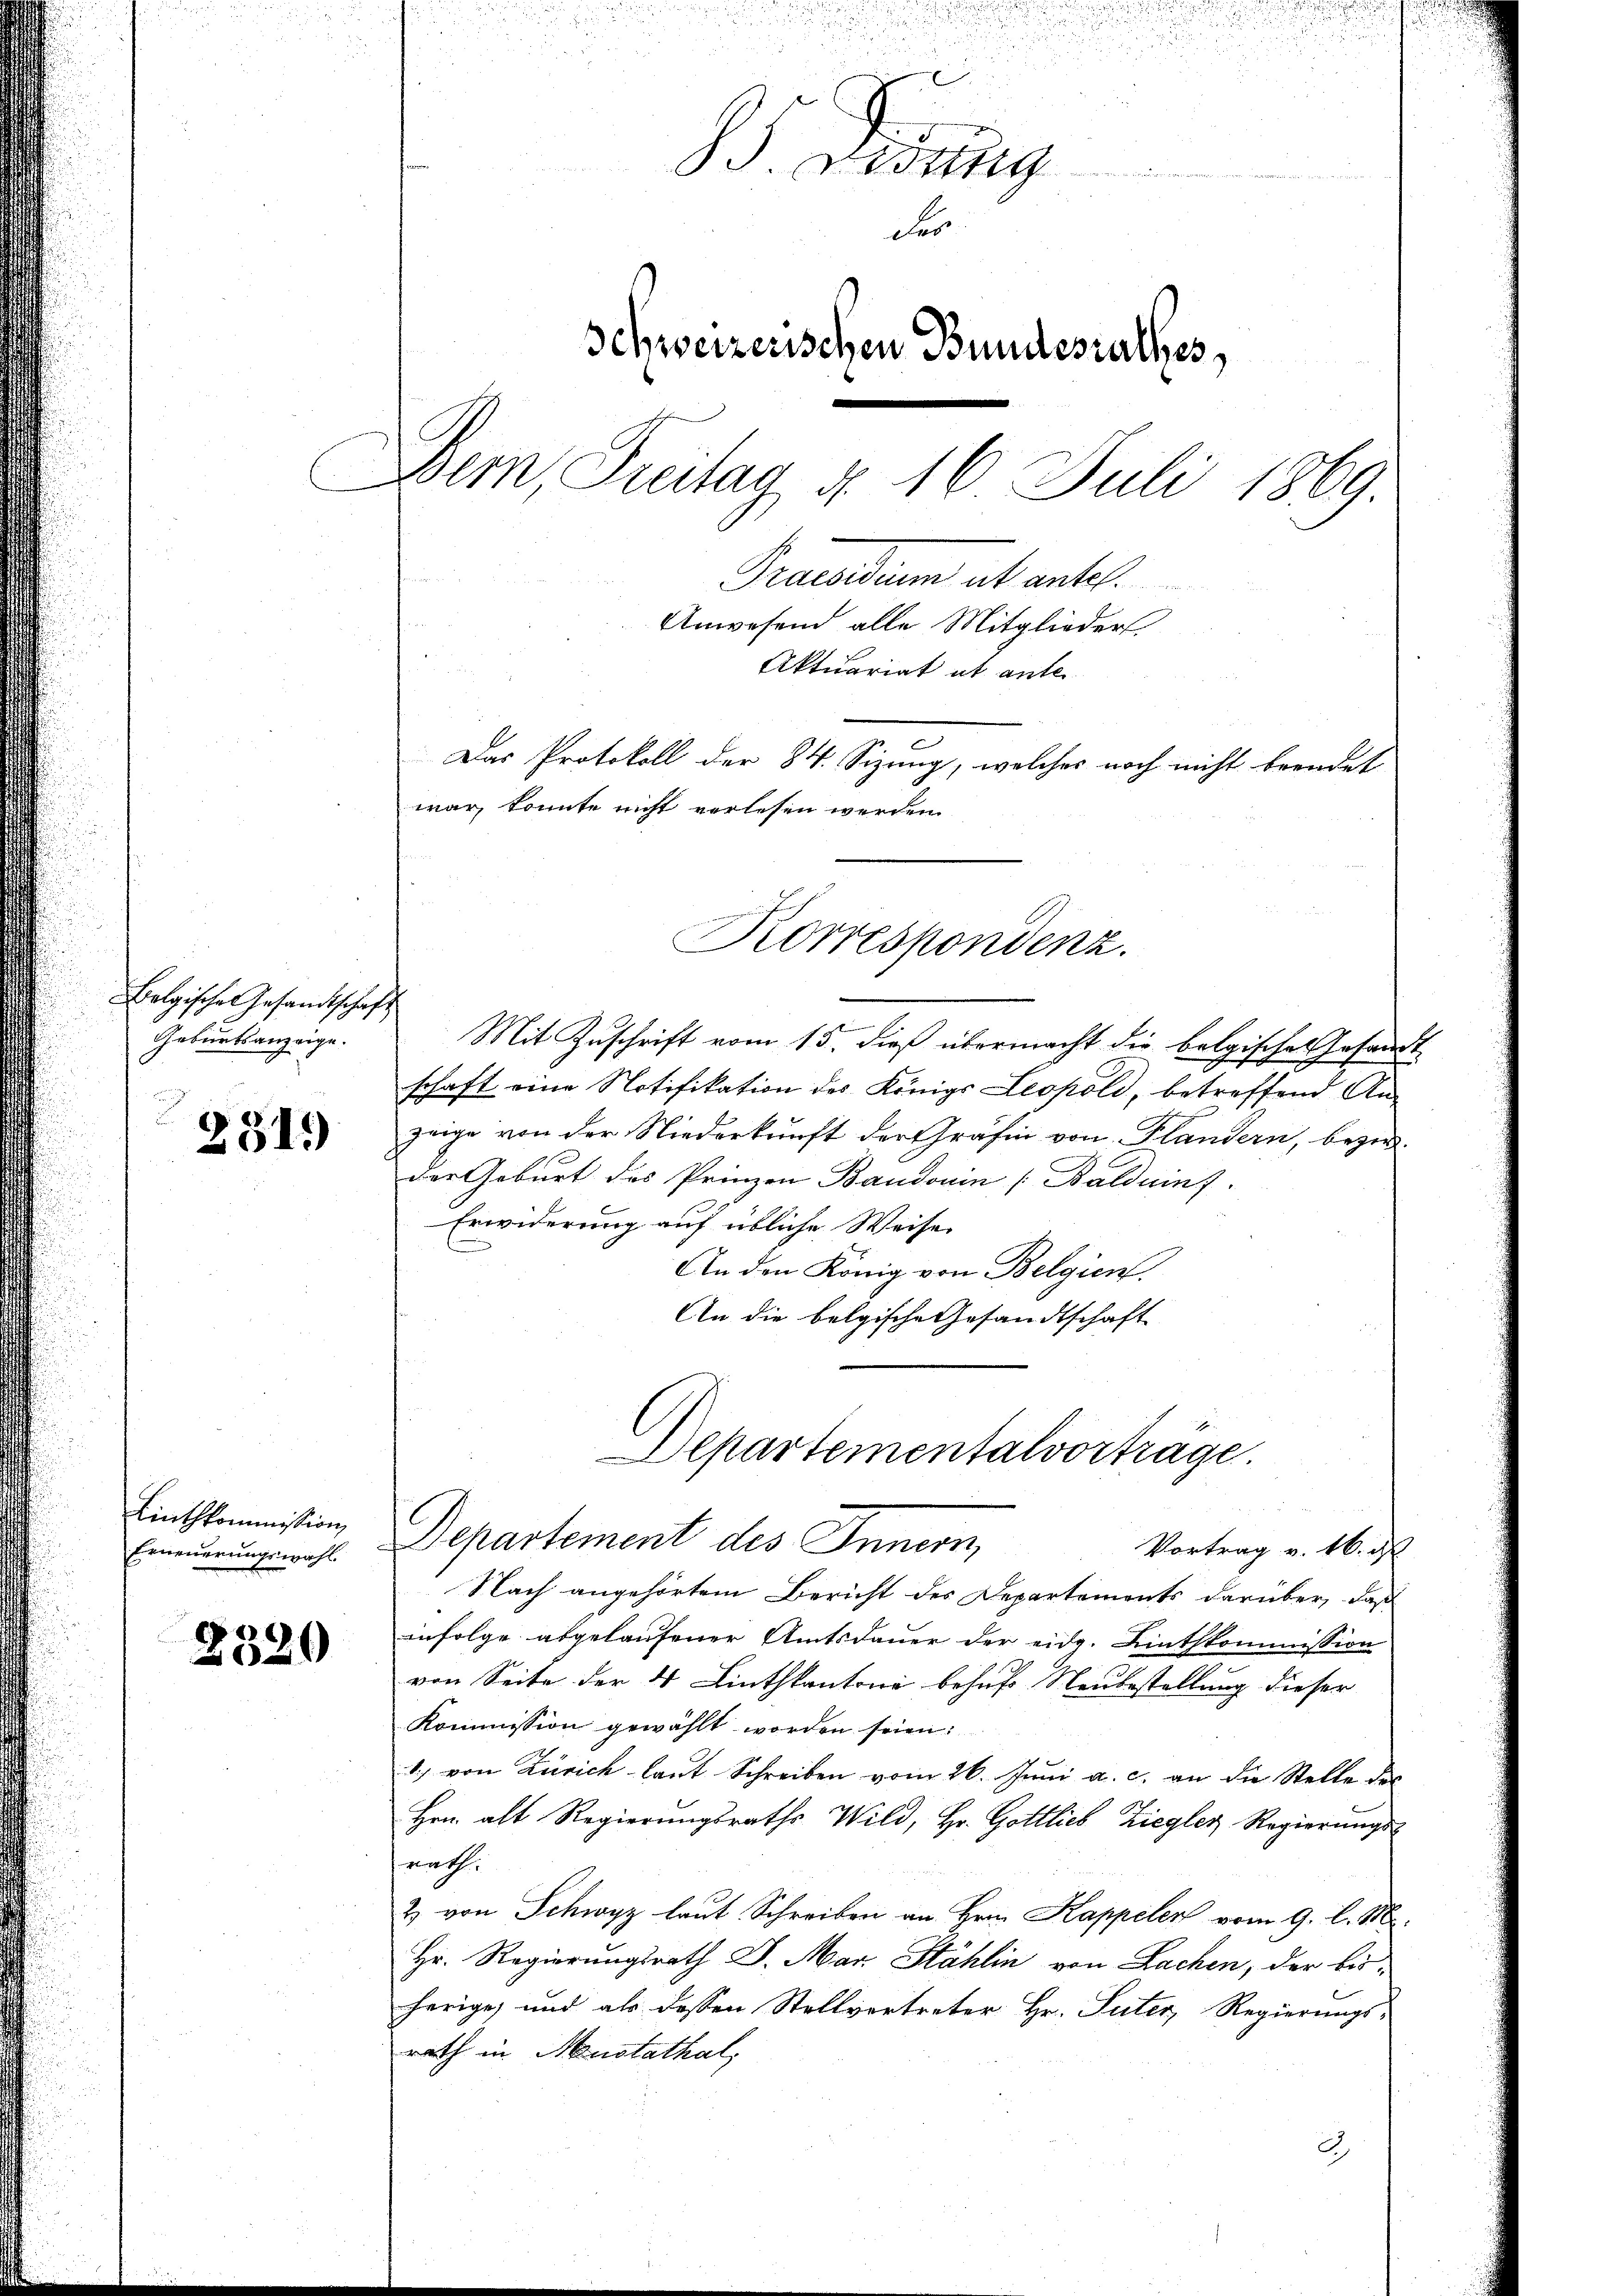
Belgische Gesandtschaft
Geburtsanzeige.

2519)

Linthkommission,
Erneuerungswahl.

2320

.

J. Westtag
Fer
Schweizerischen Bundesrathes,
Dem Freitag d. 16 Juli 1869
Praesidium ab antel.
Anwesend alle Mitglieder.
Aktuariat ut ante
Das Protokoll der 84. Sizung, welches noch nicht beendet
war, konnte nicht verlesen werden.

Korrespondenz.

Mit Zuschrift vom 15. dieß übermacht die belgisches Gesandt
schaft eine Notifikation des Königs Leopold, betreffend An-
zeige von der Niederkunft der Gräfin von Plandern, bezie
der Geburt des Prinzen Baudonin [Balduinf.
Erwiderung auf übliche Weiser
An den König von Belgien.
An die belgische Gesandtschaft
Departement des Innern,
Vortrag v. 16. ds
Nach angehörtem Bericht des Departements darüber, daß
infolge abgelaufener Amtsdauer der eidg. Linthkommission
von Seite der 4 Linthkantone behufs Neubestellung dieser
Kommission gewählt worden seien:
1. von Zürich laut Schreiben vom 26. Juni a. c. an die Stelle des
Hrn. alt Regierungsraths Wild, Hr. Gottlieb Ziegler Regierungs-
nath.
2) von Schwyz laut Schreiben an Hrn. Kappeler vom 9. l. M.
Hr. Regierungsrath J. Mar. Stählin von Lachen, der bisherige, und als dessen Stellvertreter Hr. Suter, Regierungs-
rath in Anstathal,
2

Departementalvorträge.